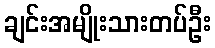
ချင်းအမျိုးသားတပ်ဦး